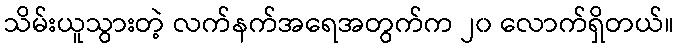
သိမ်းယူသွားတဲ့ လက်နက်အရေအတွက်က ၂၀ လောက်ရှိတယ်။